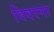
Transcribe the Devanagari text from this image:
विवरणा